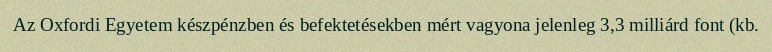
Az Oxfordi Egyetem készpénzben és befektetésekben mért vagyona jelenleg 3,3 milliárd font (kb.